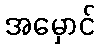
အမှောင်